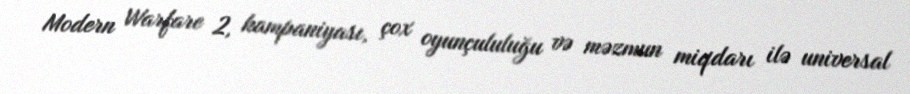
Modern Warfare 2, kampaniyası, çox oyunçululuğu və məzmun miqdarı ilə universal